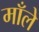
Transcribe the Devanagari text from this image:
माँले